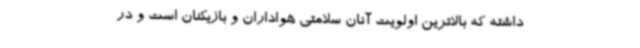
داشته که بالاترین اولویت آنان سلامتی هواداران و بازیکنان است و در